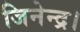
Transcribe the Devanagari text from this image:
जिनेन्द्र।